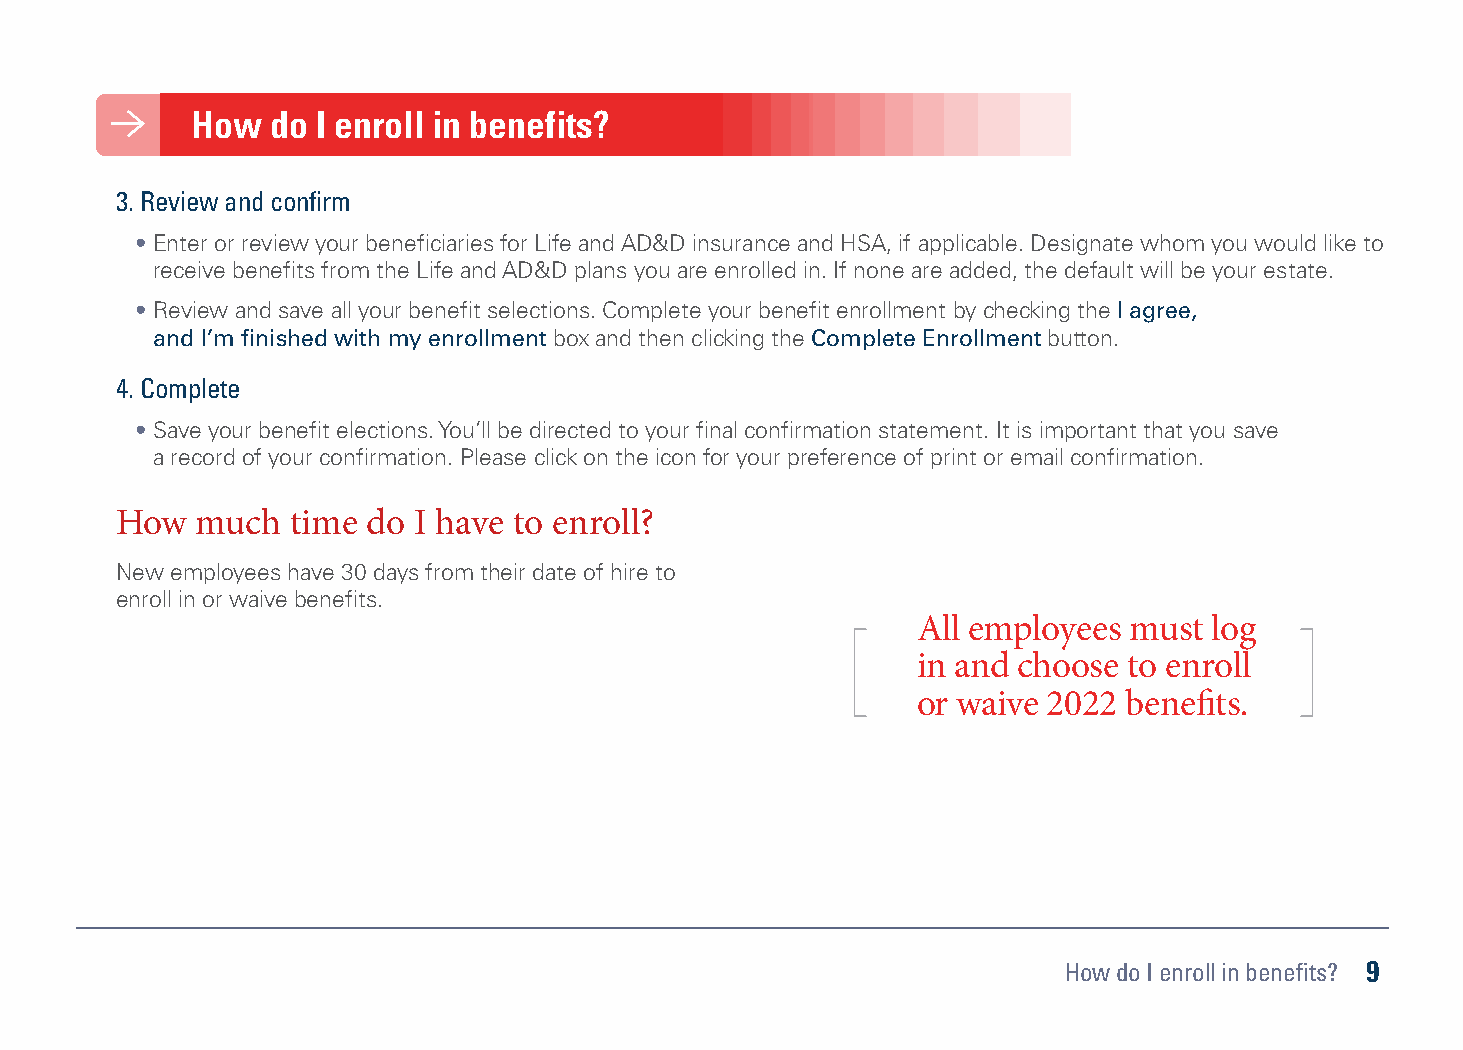
How do I enroll in benefits? How do I enroll in benefits?
 Enrolling is convenient and easy with our benefits website. It is designed to work on your phone or any mobile device, 3. Review and confirm
 as well as a desktop computer. To see your benefit options and to enroll, go to kansashealthsystem.bswift.com and
 • Enter or review your beneficiaries for Life and AD&D insurance and HSA, if applicable. Designate whom you would like to
 enter your username and password. If you don’t remember your password or are having trouble logging in, please click
 receive benefits from the Life and AD&D plans you are enrolled in. If none are added, the default will be your estate.
 the “Forgot Password” link to reset it. For further help, call 888-494-9119.
 • Review and save all your benefit selections. Complete your benefit enrollment by checking the I agree,
 You can enroll in 4 easy steps. and I’m finished with my enrollment box and then clicking the Complete Enrollment button.
 Click “Start Your Enrollment” on the homepage. 4. Complete
 • Save your benefit elections. You’ll be directed to your final confirmation statement. It is important that you save
 1. Verify your information
 a record of your confirmation. Please click on the icon for your preference of print or email confirmation.
 • This is where you’ll enter or update your family information, including adding eligible dependents. You will need their name,
 birth date and Social Security number. How much time do I have to enroll?
 • If your address or other personal information is incorrect, please update it in Workday.
 New employees have 30 days from their date of hire to
 2. Choose your benefits enroll in or waive benefits.
 All employees must log
 • For voluntary benefits, you have the option to enroll or waive coverage.
 in and choose to enroll
 • Select the benefit you want, click on the View Plan Options button to select the plan and who will be covered
 or waive 2022 benefits.
 on the plan. Once you’ve made your selection, click Select to continue your enrollment.
 • To waive coverage for a benefit plan, click on the I don’t want this benefit (waive) button to save.
 How do I enroll in benefits? 9